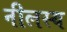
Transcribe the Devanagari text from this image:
नीलस्य